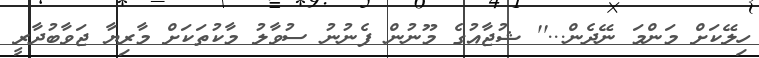
ހިލޭކަށް މަންމަ ނޭދެން...'' ޝުޖާއުގެ މޫނުން ފެނުނު ސުވާލު މާކުތަކަށް މާރިޔާ ޖަވާބުދާރީ